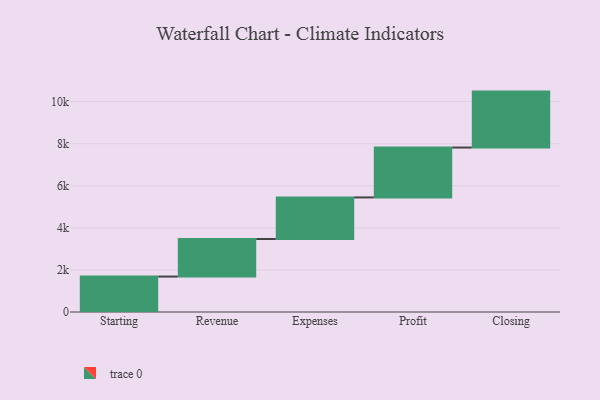
{"axis": {"x": "Step", "y": "Value"}, "legend": [""], "data": [{"x": "Starting", "y": 1684.0, "type": ""}, {"x": "Revenue", "y": 1785.0, "type": ""}, {"x": "Expenses", "y": 1977.0, "type": ""}, {"x": "Profit", "y": 2372.0, "type": ""}, {"x": "Closing", "y": 2659.0, "type": ""}]}